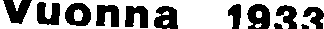
Vuonna 1933